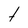
Character: t